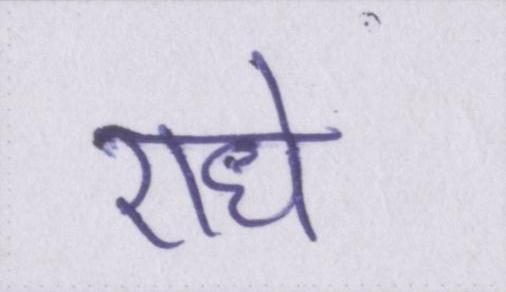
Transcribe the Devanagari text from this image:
राधे